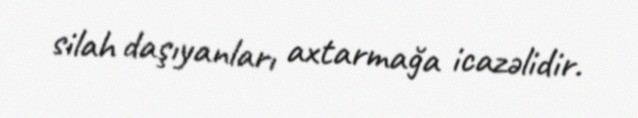
silah daşıyanları axtarmağa icazəlidir.